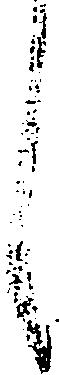
し